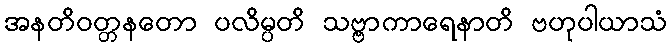
အနတိဝတ္တနတော ပလိမ္ပတိ သဗ္ဗာကာရေနာတိ ဗဟုပါယာသံ